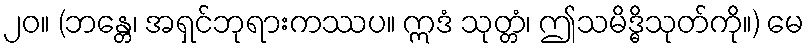
၂၀။ (ဘန္တေ၊ အရှင်ဘုရားကဿပ။ ဣဒံ သုတ္တံ၊ ဤသမိဒ္ဓိသုတ်ကို။) မေ